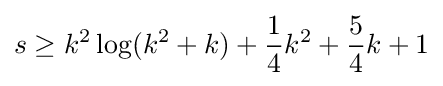
s\geq k^{2}\log(k^{2}+k)+{\frac {1}{4}}k^{2}+{\frac {5}{4}}k+1